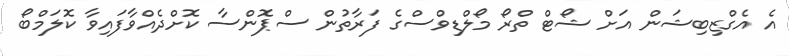
އެ އެގްޒިބިޝަން އަށް ޝޯޓް ތްރޯ މޯލްޑިވްސްގެ ފަރާތުން ސްޕޮންސާ ކޮށްދެއްވާފައިވާ ކޮލަމްބޯ